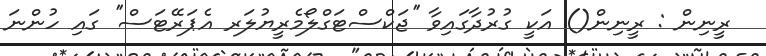
ރީނިން : ރީނިން() އަކީ ގުރުދާގައިވާ ''ޖަކްސްޓަގްލޯމެރީޔުލަރ އެޕަރޭޓަސް'' ގައި ހުންނަ